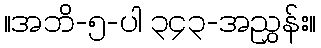
။အဘိ-၅-ပါ ၃၄၃-အညွှန်း။